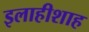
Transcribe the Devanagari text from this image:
इलाहीशाह